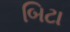
બિટા